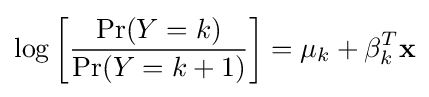
\log \left[{\frac {\Pr(Y=k)}{\Pr(Y=k+1)}}\right]=\mu _{k}+\mathbf {\beta } _{k}^{T}\mathbf {x}